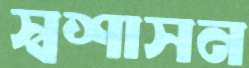
স্বশাসন